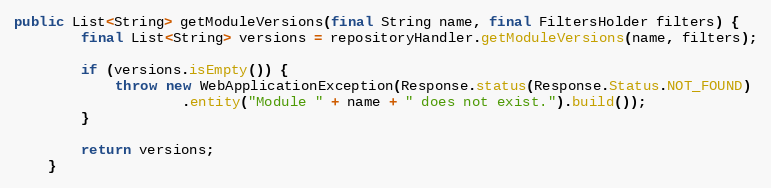
Language: Java
public List<String> getModuleVersions(final String name, final FiltersHolder filters) {
        final List<String> versions = repositoryHandler.getModuleVersions(name, filters);

        if (versions.isEmpty()) {
            throw new WebApplicationException(Response.status(Response.Status.NOT_FOUND)
                    .entity("Module " + name + " does not exist.").build());
        }

        return versions;
    }